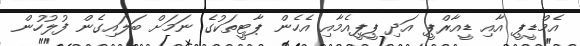
އެމްޑީޕީ އާއި ޑީއާރްޕީ އަދި ޕީޕީއެމާއި އެހެން ޕާޓީތަކުގެ ނަމަށް ބަލައިގެން ފުލުހުން